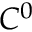
C ^ { 0 }